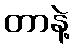
တာနဲ့